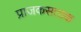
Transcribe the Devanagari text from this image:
प्राजकसताक